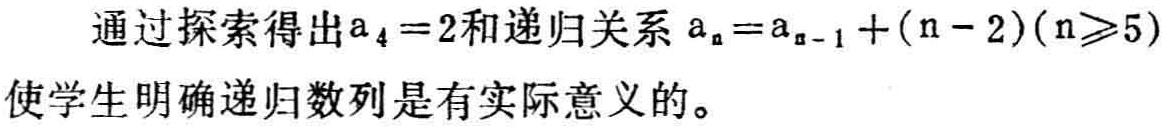
通过探索得出\(a_{4}=2\)和递归关系\(a_{n}=a_{n - 1}+(n - 2)(n\geqslant5)\)使学生明确递归数列是有实际意义的。